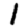
Digit: 1